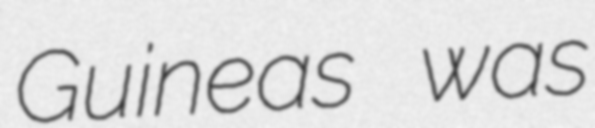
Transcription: Guineas was